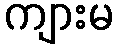
ကျားမ